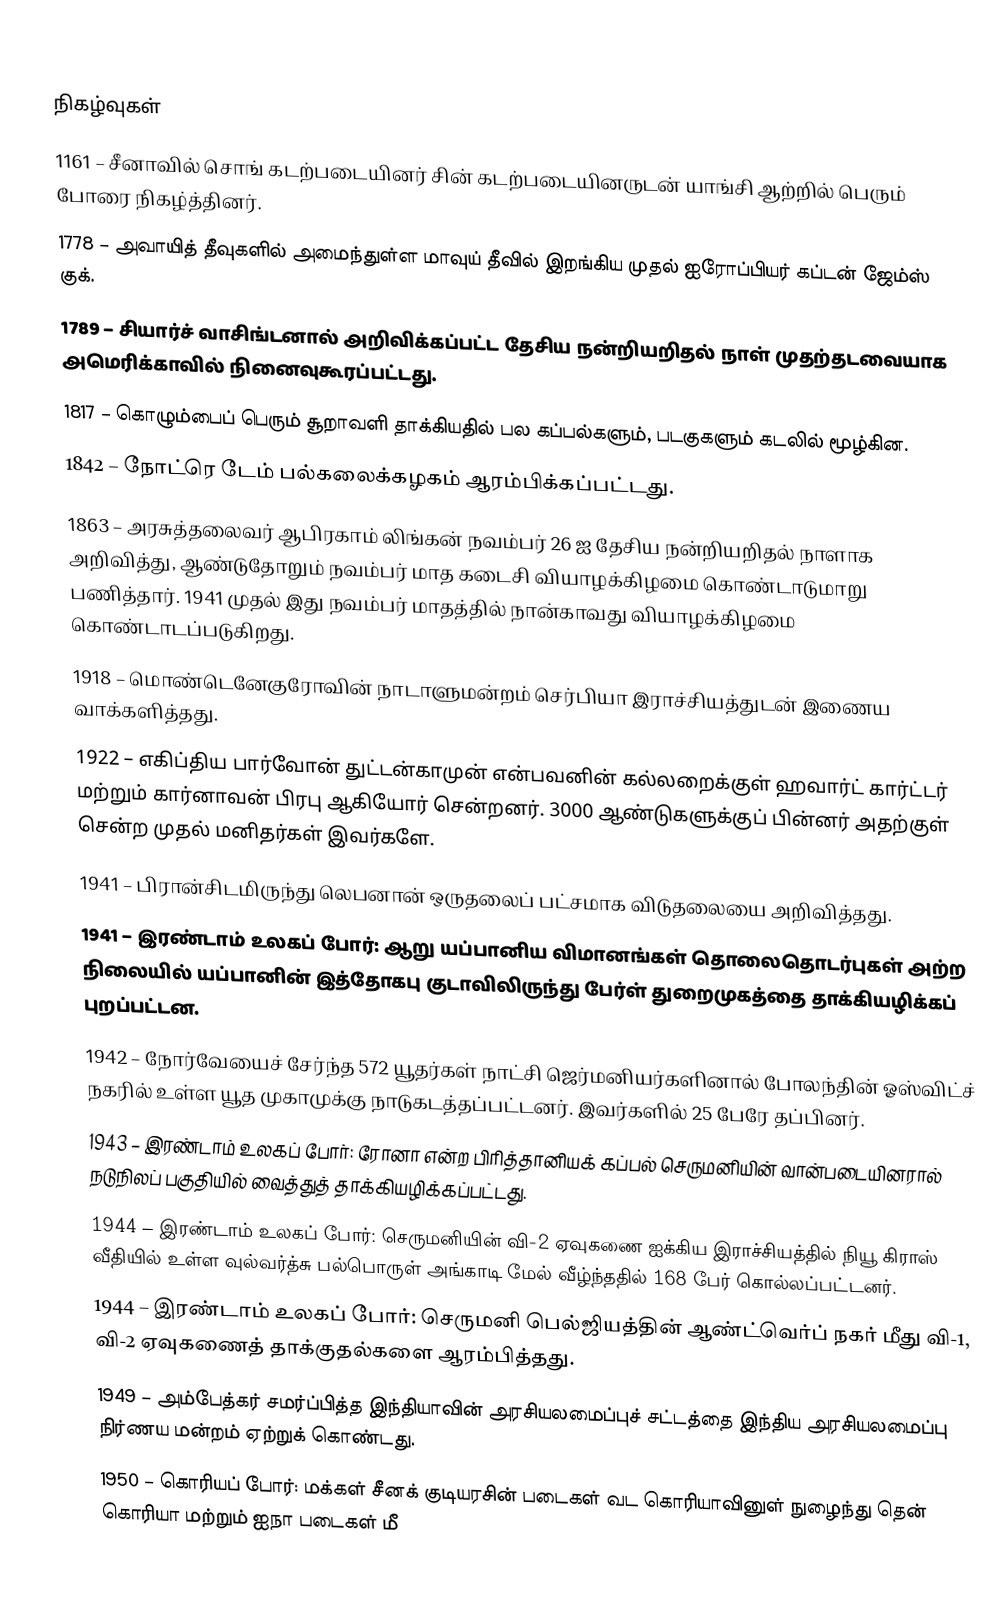

நிகழ்வுகள்
1161 – சீனாவில் சொங் கடற்படையினர் சின் கடற்படையினருடன் யாங்சி ஆற்றில் பெரும் போரை நிகழ்த்தினர்.
1778 – அவாயித் தீவுகளில் அமைந்துள்ள மாவுய் தீவில் இறங்கிய முதல் ஐரோப்பியர் கப்டன் ஜேம்ஸ் குக்.
1789 – சியார்ச் வாசிங்டனால் அறிவிக்கப்பட்ட தேசிய நன்றியறிதல் நாள் முதற்தடவையாக அமெரிக்காவில் நினைவுகூரப்பட்டது.
1817 – கொழும்பைப் பெரும் சூறாவளி தாக்கியதில் பல கப்பல்களும், படகுகளும் கடலில் மூழ்கின.
1842 – நோட்ரெ டேம் பல்கலைக்கழகம் ஆரம்பிக்கப்பட்டது.
1863 – அரசுத்தலைவர் ஆபிரகாம் லிங்கன் நவம்பர் 26 ஐ தேசிய நன்றியறிதல் நாளாக அறிவித்து, ஆண்டுதோறும் நவம்பர் மாத கடைசி வியாழக்கிழமை கொண்டாடுமாறு பணித்தார். 1941 முதல் இது நவம்பர் மாதத்தில் நான்காவது வியாழக்கிழமை கொண்டாடப்படுகிறது.
1918 – மொண்டெனேகுரோவின் நாடாளுமன்றம் செர்பியா இராச்சியத்துடன் இணைய வாக்களித்தது.
1922 – எகிப்திய பார்வோன் துட்டன்காமுன் என்பவனின் கல்லறைக்குள் ஹவார்ட் கார்ட்டர் மற்றும் கார்னாவன் பிரபு ஆகியோர் சென்றனர். 3000 ஆண்டுகளுக்குப் பின்னர் அதற்குள் சென்ற முதல் மனிதர்கள் இவர்களே.
1941 – பிரான்சிடமிருந்து லெபனான் ஒருதலைப் பட்சமாக விடுதலையை அறிவித்தது.
1941 – இரண்டாம் உலகப் போர்: ஆறு யப்பானிய விமானங்கள் தொலைதொடர்புகள் அற்ற நிலையில் யப்பானின் இத்தோகபு குடாவிலிருந்து பேர்ள் துறைமுகத்தை தாக்கியழிக்கப் புறப்பட்டன.
1942 – நோர்வேயைச் சேர்ந்த 572 யூதர்கள் நாட்சி ஜெர்மனியர்களினால் போலந்தின் ஓஸ்விட்ச் நகரில் உள்ள யூத முகாமுக்கு நாடுகடத்தப்பட்டனர். இவர்களில் 25 பேரே தப்பினர்.
1943 – இரண்டாம் உலகப் போர்: ரோனா என்ற பிரித்தானியக் கப்பல் செருமனியின் வான்படையினரால் நடுநிலப் பகுதியில் வைத்துத் தாக்கியழிக்கப்பட்டது.
1944 – இரண்டாம் உலகப் போர்: செருமனியின் வி-2 ஏவுகணை ஐக்கிய இராச்சியத்தில் நியூ கிராஸ் வீதியில் உள்ள வுல்வர்த்சு பல்பொருள் அங்காடி மேல் வீழ்ந்ததில் 168 பேர் கொல்லப்பட்டனர்.
1944 – இரண்டாம் உலகப் போர்: செருமனி பெல்ஜியத்தின் ஆண்ட்வெர்ப் நகர் மீது வி-1, வி-2 ஏவுகணைத் தாக்குதல்களை ஆரம்பித்தது.
1949 – அம்பேத்கர் சமர்ப்பித்த இந்தியாவின் அரசியலமைப்புச் சட்டத்தை இந்திய அரசியலமைப்பு நிர்ணய மன்றம் ஏற்றுக் கொண்டது.
1950 – கொரியப் போர்: மக்கள் சீனக் குடியரசின் படைகள் வட கொரியாவினுள் நுழைந்து தென் கொரியா மற்றும் ஐநா படைகள் மீ